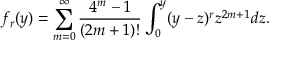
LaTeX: f _ { r } ( y ) = \sum _ { m = 0 } ^ { \infty } { \frac { 4 ^ { m } - 1 } { ( 2 m + 1 ) ! } } \int _ { 0 } ^ { y } ( y - z ) ^ { r } z ^ { 2 m + 1 } d z .